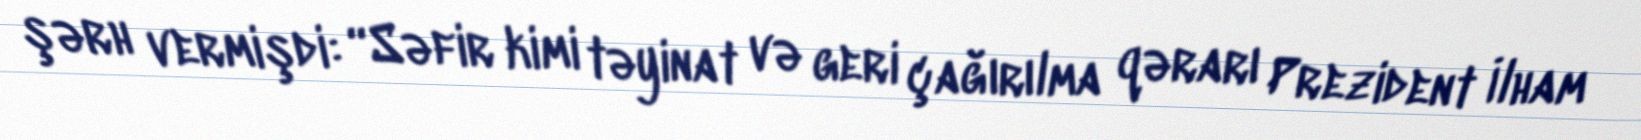
şərh vermişdi: “Səfir kimi təyinat və geri çağırılma qərarı Prezident İlham